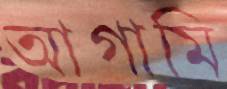
আগামি